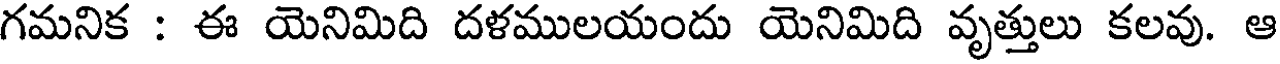
గమనిక : ఈ యెనిమిది దళములయందు యెనిమిది వృత్తులు కలవు. ఆ